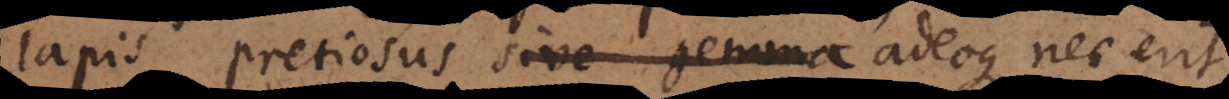
lapis pretiosus sive gemma adeoque nec erit